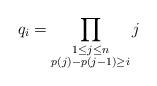
LaTeX: \begin{align*}q_i=\prod_{\substack{1 \leq j \leq n \\ p(j)-p(j-1)\geq i}}j\end{align*}